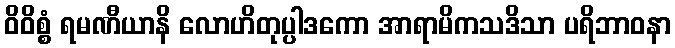
ဝိဝိစ္စံ ရမဏီယာနိ လောဟိတုပ္ပါဒကော အာရာမိကသဒိသာ ပရိဘာဝနာ